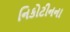
નિકોટીનના